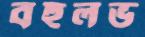
বহুলভ